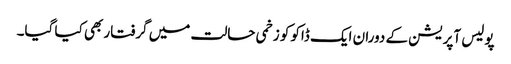
پولیس آپریشن کے دوران ایک ڈاکو کو زخمی حالت میں گرفتار بھی کیا گیا۔